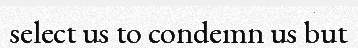
select us to condemn us but